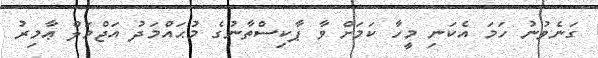
ގަނެވުނު ހަމަ އެކަނި މީހާ ކަމަށް ވާ ޕާކިސްތާނުގެ މުޙައްމަދު އަޖްމަލް ޢާމިރު